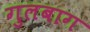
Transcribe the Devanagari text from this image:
गुलबाग